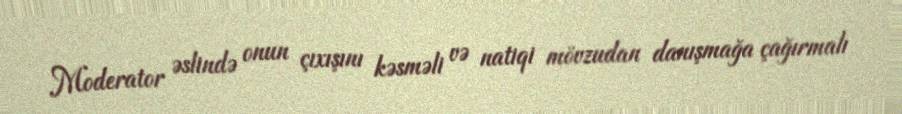
Moderator əslində onun çıxışını kəsməli və natiqi mövzudan danışmağa çağırmalı